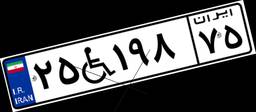
۲۵W۱۹۸۷۵